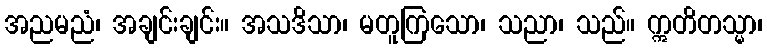
အညမညံ၊ အချင်းချင်း။ အသဒိသာ၊ မတူကြသော၊ သညာ၊ သည်။ ဣတိတသ္မာ၊